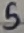
Text: 5